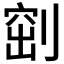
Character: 𠞀